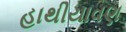
હાથીયાવણ